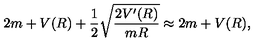
2 m + V ( R ) + { \frac { 1 } { 2 } } \sqrt { \frac { 2 V ^ { \prime } ( R ) } { m R } } \approx 2 m + V ( R ) ,